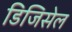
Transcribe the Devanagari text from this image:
डिजिसेल